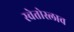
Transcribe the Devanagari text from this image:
स्वेतोस्लाव